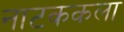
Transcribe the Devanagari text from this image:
नाटककला